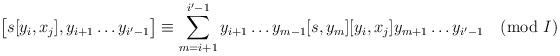
LaTeX: \begin{align*} \bigl[ s [y_i, x_j], y_{i+1} \dots y_{i' - 1} \bigr] \equiv \sum_{m=i+1}^{i'-1} y_{i+1} \dots y_{m-1} [s, y_m] [y_i, x_j] y_{m+1} \dots y_{i'-1} \pmod{I}\end{align*}